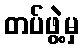
တပ်ဖွဲ့မှ